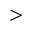
>